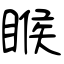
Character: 睺